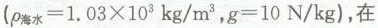
$$( ρ 水 = 1 . 0 3 \times 103 k g / m 3$$，$$g = 10 N / k g $$)，在